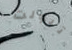
تبولت